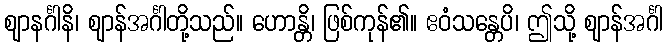
ဈာနင်္ဂါနိ၊ ဈာန်အင်္ဂါတို့သည်။ ဟောန္တိ၊ ဖြစ်ကုန်၏။ ဧဝံသန္တေပိ၊ ဤသို့ ဈာန်အင်္ဂါ